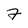
Character: 7